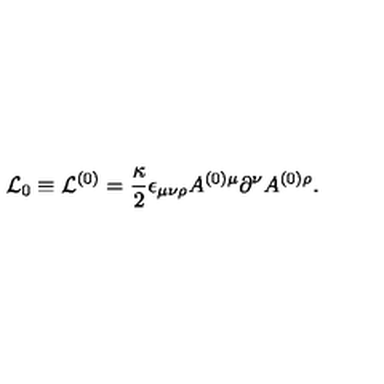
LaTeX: { \cal L } _ { 0 } \equiv { \cal L } ^ { ( 0 ) } = \frac { \kappa } { 2 } \epsilon _ { \mu \nu \rho } A ^ { ( 0 ) \mu } \partial ^ { \nu } A ^ { ( 0 ) \rho } .